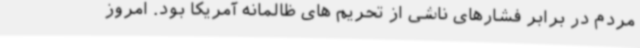
مردم در برابر فشارهای ناشی از تحریم های ظالمانه آمریکا بود. امروز